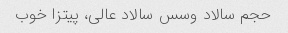
حجم سالاد وسس سالاد عالی، ‌پیتزا خوب